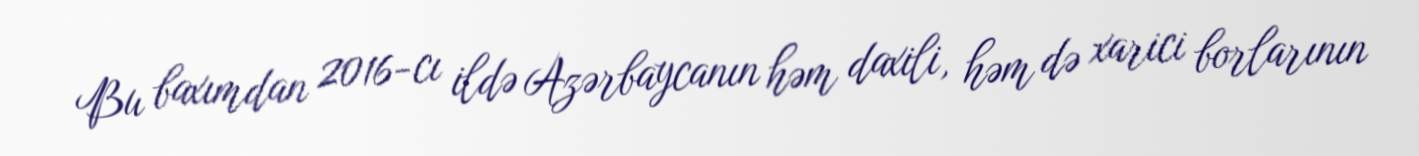
Bu baxımdan 2016-cı ildə Azərbaycanın həm daxili, həm də xarici borlarının